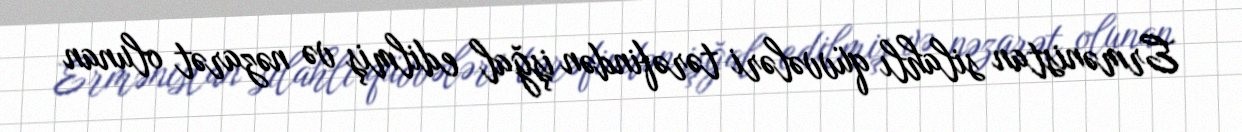
Ermənistan silahlı qüvvələri tərəfindən işğal edilmiş və nəzarət olunan